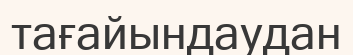
тағайындаудан